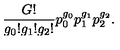
\frac { G ! } { g _ { 0 } ! g _ { 1 } ! g _ { 2 } ! } p _ { 0 } ^ { g _ { 0 } } p _ { 1 } ^ { g _ { 1 } } p _ { 2 } ^ { g _ { 2 } } .